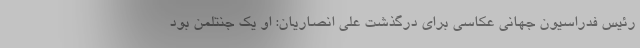
رئیس فدراسیون جهانی عکاسی برای درگذشت علی انصاریان: او یک جنتلمن بود